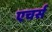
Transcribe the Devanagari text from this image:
एचर्स